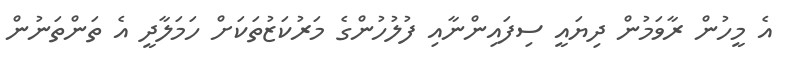
އެ މީހުން ރާވަމުން ދިޔައީ ސިފައިންނާއި ފުލުހުންގެ މަރުކަޒުތަކަށް ހަމަލާދީ އެ ތަންތަނުން